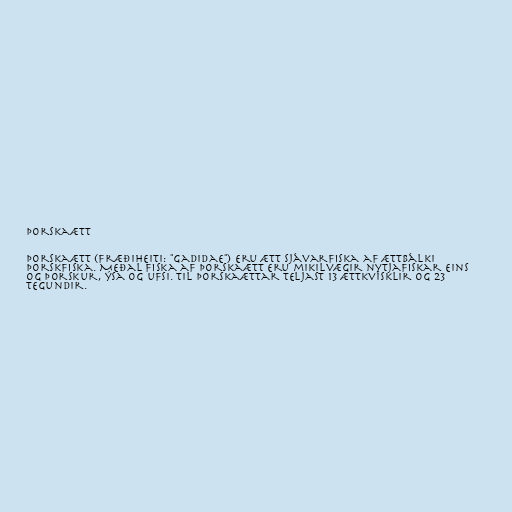
Þorskaætt

Þorskaætt (fræðiheiti: "Gadidae") eru ætt sjávarfiska af ættbálki
þorskfiska. Meðal fiska af þorskaætt eru mikilvægir nytjafiskar eins
og þorskur, ýsa og ufsi. Til þorskaættar teljast 13 ættkvísklir og 23
tegundir.